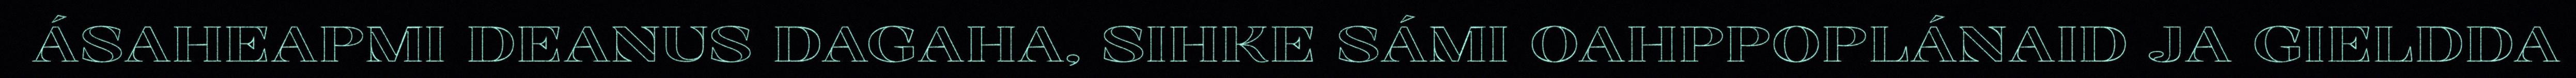
ÁSAHEAPMI DEANUS DAGAHA, SIHKE SÁMI OAHPPOPLÁNAID JA GIELDDA